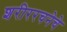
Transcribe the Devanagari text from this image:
शरीररचनेचे